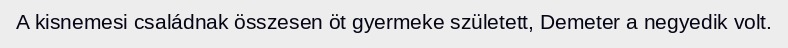
A kisnemesi családnak összesen öt gyermeke született, Demeter a negyedik volt.